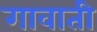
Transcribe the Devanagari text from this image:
गावाती